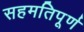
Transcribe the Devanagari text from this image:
सहमतिपूर्ण